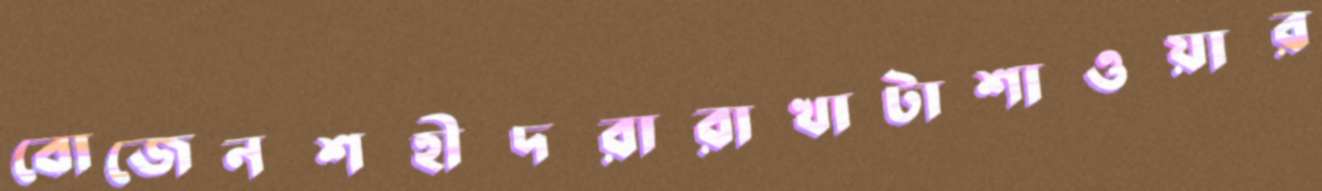
বোজেনশহীদরারাখাটাশাওয়ার